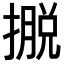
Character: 𢴎